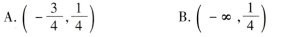
A. (- \frac{3}{4}, \frac{1}{4}) B. (- \infty , \frac{1}{4})